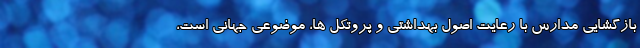
بازگشایی مدارس با رعایت اصول بهداشتی و پروتکل ها، موضوعی جهانی است،